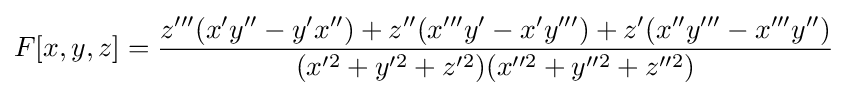
F[x,y,z]={\frac {z'''(x'y''-y'x'')+z''(x'''y'-x'y''')+z'(x''y'''-x'''y'')}{(x'^{2}+y'^{2}+z'^{2})(x''^{2}+y''^{2}+z''^{2})}}